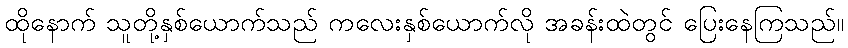
ထိုနောက် သူတို့နှစ်ယောက်သည် ကလေးနှစ်ယောက်လို အခန်းထဲတွင် ပြေးနေကြသည်။